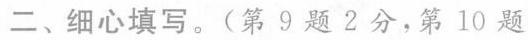
二、细心填写。(第9题2分，第10题